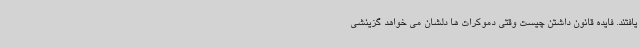
یافتند. فایده قانون داشتن چیست وقتی دموکرات ها دلشان می خواهد گزینشی